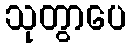
သုတွာပေ